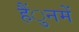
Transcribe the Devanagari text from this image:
हैंुनमें